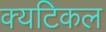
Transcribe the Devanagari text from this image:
क्यटिकल